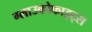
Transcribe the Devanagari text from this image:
ग्लाउकोफाइट्स